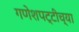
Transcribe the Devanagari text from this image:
गणेशपट्टीच्या